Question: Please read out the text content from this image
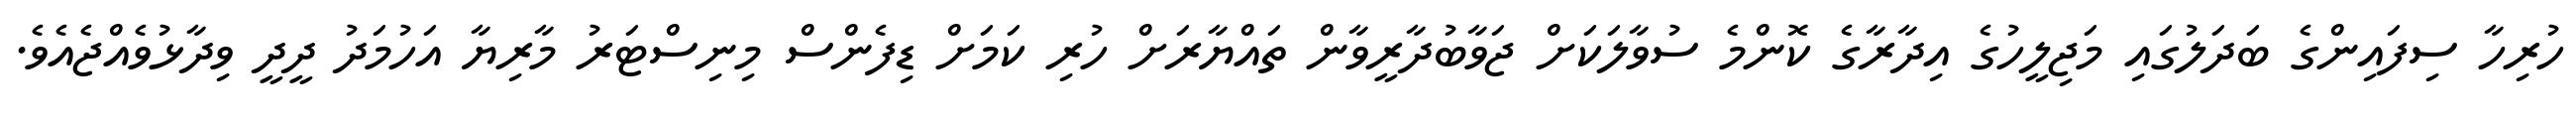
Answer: ހުރިހާ ސިފައިންގެ ބަދަލުގައި މަޖިލީހުގެ އިދާރާގެ ކޮންމެ ސުވާލަކަށް ޖަވާބުދާރީވާން ތައްޔާރަށް ހުރި ކަމަށް ޑިފެންސް މިނިސްޓަރު މާރިޔާ އަހުމަދު ދީދީ ވިދާޅުވެއްޖެއެވެ.